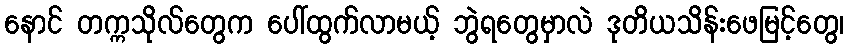
နောင် တက္ကသိုလ်တွေက ပေါ်ထွက်လာမယ့် ဘွဲရတွေမှာလဲ ဒုတိယသိန်းဖေမြင့်တွေ၊